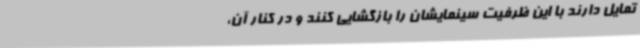
تمایل دارند با این ظرفیت سینمایشان را بازگشایی کنند و در کنار آن،